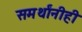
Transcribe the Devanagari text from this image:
समर्थांनीही